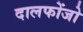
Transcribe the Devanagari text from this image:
दालफोंजो